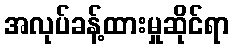
အလုပ်ခန့်ထားမှုဆိုင်ရာ